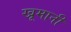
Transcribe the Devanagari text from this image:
खूमानी